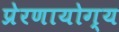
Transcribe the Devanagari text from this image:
प्रेरणायोग्य